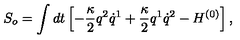
S _ { o } = \int d t \left[ - \frac { \kappa } { 2 } q ^ { 2 } \dot { q } ^ { 1 } + \frac { \kappa } { 2 } q ^ { 1 } \dot { q } ^ { 2 } - H ^ { ( 0 ) } \right] ,